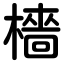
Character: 檣